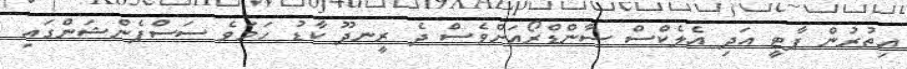
އިތުރުން ޕާޓީ އަދި އެލެކްސް ސާންޑްރޯއަށްވެސް ދެ ރީނދޫ ކާޑު ހަމަވެ ސަސްޕެންޝަންގައި